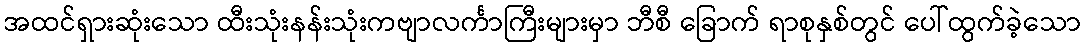
အထင်ရှားဆုံးသော ထီးသုံးနန်းသုံးကဗျာလင်္ကာကြီးများမှာ ဘီစီ ခြောက် ရာစုနှစ်တွင် ပေါ်ထွက်ခဲ့သော